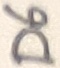
Text: D6